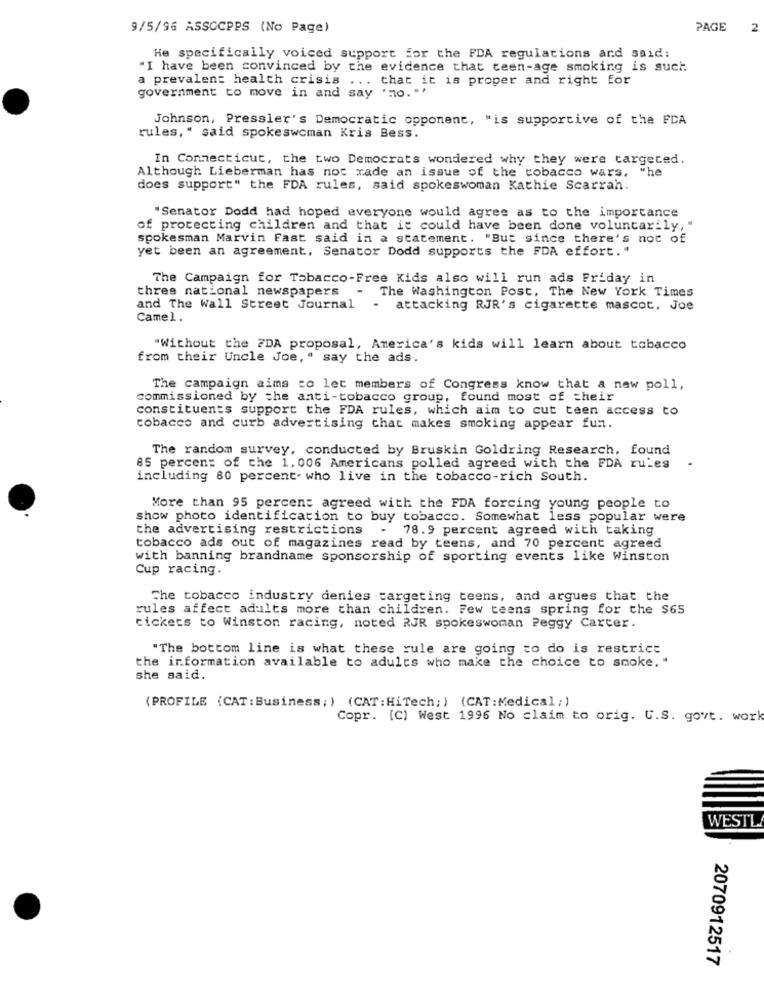
9/5/96 ASSOCPPS (No Page)
PAGE
2
He specifically voiced support for the FDA regulations and said:
"I have been convinced by the evidence that teen-age smoking is such.
a prevalent health crisis ... that it is proper and right for
government to move in and say 'mo. . '
Johnson, Pressler's Democratic opponent, "is supportive of the FDA
rules, " said spokeswoman Kris Bess.
In Connecticut, the two Democrats wondered why they were targeted.
Although Lieberman has not rade an issue of the tobacco wars,
"he
does support" the FDA rules, said spokeswoman Kathie Scarrah.
"Senator Dodd had hoped everyone would agree as to the importance
of protecting children and that it could have been done voluntarily,"
spokesman Marvin Fast said in a statement. "But since there's not of
yet been an agreement, Senator Dodd supports the FDA effort. "
The Campaign for Tobacco-Free Kids also will run ads Friday in
three national newspapers - The Washington Post, The New York Times
and The Wall Street Journal - attacking RJR's cigarette mascot, Joe
Camel.
"Without the FDA proposal, America's kids will learn about tobacco
from their Uncle Joe, " say the ads.
The campaign aims to let members of Congress know that a new poll,
commissioned by the anti-tobacco group, found most of their
constituents support the FDA rules, which aim to cut teen access to
tobacco and curb advertising that makes smoking appear fun.
The random survey, conducted by Bruskin Goldring Research, found
85 percent of the 1, 006 Americans polled agreed with the FDA rules
including 80 percent. who live in the tobacco-rich South.
More than 95 percent agreed with the FDA forcing young people to
show photo identification to buy tobacco. Somewhat less popular were
the advertising restrictions - 78.9 percent agreed with taking
tobacco ads out of magazines read by teens, and 70 percent agreed
with banning brandname sponsorship of sporting events like Winston
Cup racing.
The tobacco industry denies targeting teens, and argues that the
rules affect adults more than children. Few teens spring for the $65
tickets to Winston racing, noted RJR spokeswoman Peggy Carter.
"The bottom line is what these rule are going to do is restrict
the information available to adults who make the choice to smoke, "
she said.
(PROFILE (CAT: Business;) (CAT: HiTech; ) (CAT: Medical;)
Copr. (C) West 1996 No claim to orig. U.S. govt. work
WESTL
2070912517